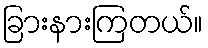
ခြားနားကြတယ်။